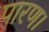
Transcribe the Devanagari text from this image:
पारण।